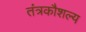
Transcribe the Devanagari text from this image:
तंत्रकौशल्य